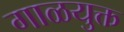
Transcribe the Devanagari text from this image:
गाळयुक्त